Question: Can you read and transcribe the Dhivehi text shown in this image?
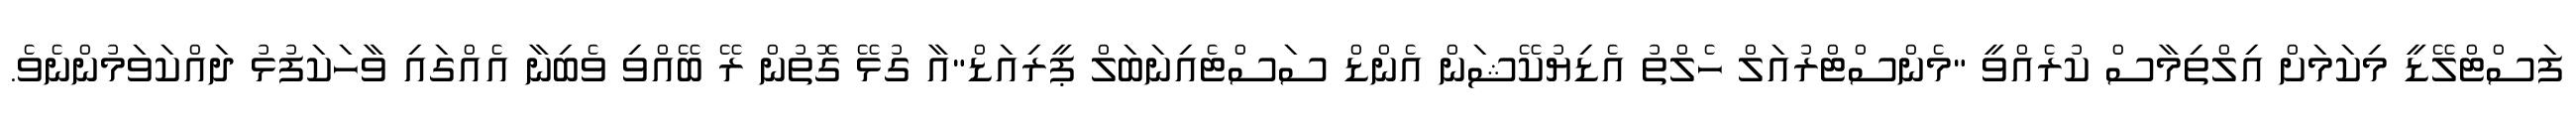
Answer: ފަސްޓްލޭޑީ މިކަމަށް އިލްތިމާސް ކުރެއްވީ "މެންސްޓްރުއަލް ހެލްތު އެޑިޔުކޭޝަން އެންޑް ސަސްޓެއިނަބަލް ޕީރިއަޑް"އާ ގުޅޭ ގޮތުން ރޭ ބޭއްވި ވެބިނާ އެއްގައި ވާހަކަފުޅު ދައްކަވަމުންނެވެ.